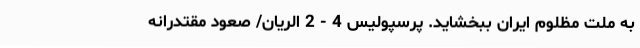
به ملت مظلوم ایران ببخشاید. پرسپولیس 4 - 2 الریان/ صعود مقتدرانه